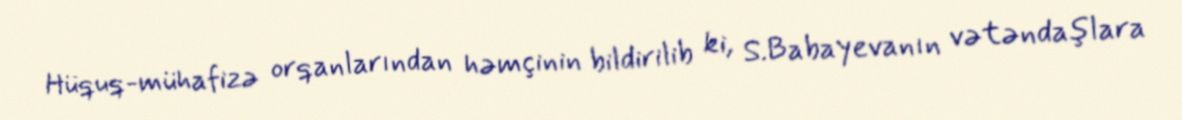
Hüquq-mühafizə orqanlarından həmçinin bildirilib ki, S.Babayevanın vətəndaşlara